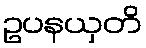
ဥပနယှတိ